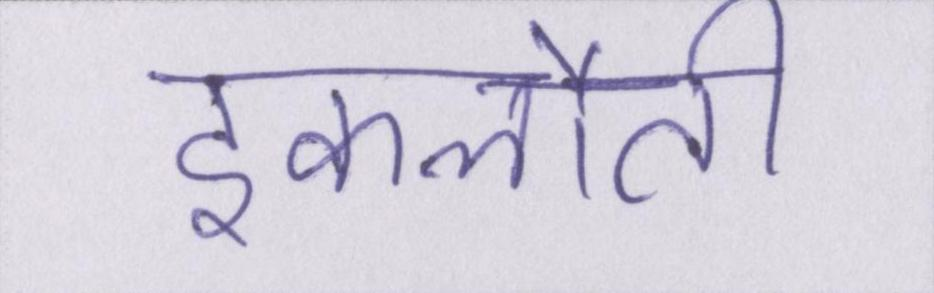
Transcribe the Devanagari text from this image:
इकलौती